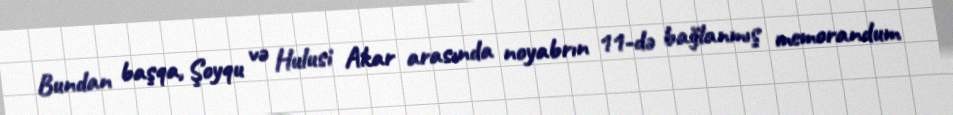
Bundan başqa, Şoyqu və Hulusi Akar arasında noyabrın 11-də bağlanmış memorandum